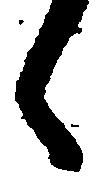
郎